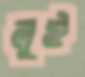
লুই